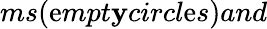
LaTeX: ms(\mathrm{e}mpt\mathbf{y}circl\mathrm{e}s)and